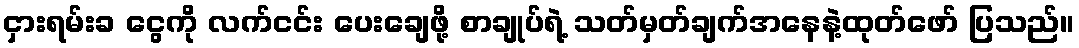
ငှားရမ်းခ ငွေကို လက်ငင်း ပေးချေဖို့ စာချုပ်ရဲ့ သတ်မှတ်ချက်အနေနဲ့ထုတ်ဖော် ပြသည်။